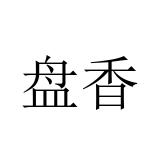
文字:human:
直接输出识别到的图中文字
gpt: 盘香